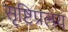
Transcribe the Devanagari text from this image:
सृष्टिप्रलय